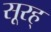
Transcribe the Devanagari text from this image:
सूरह्